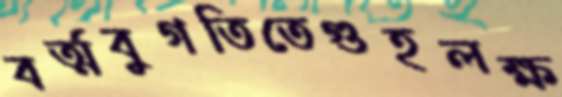
বর্ত্মবুগতিতেগুহলক্ষ